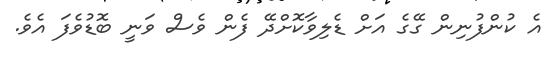
އެ ކުންފުނިން ގޭގެ އަށް ޑެލިވާކޮށްދޭ ފެން ވެސް ވަނީ ބޮޑުވެފަ އެވެ.